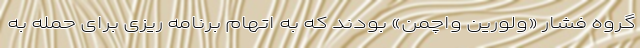
گروه فشار «ولورین واچمن» بودند که به اتهام برنامه ریزی برای حمله به